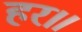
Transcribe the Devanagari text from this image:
हर॥